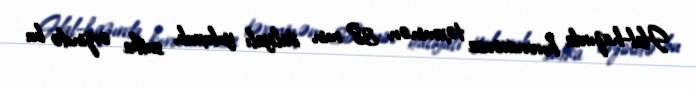
Hal-hazırda koronavirusa təxminən 38 min italiyalı yoluxub, sutka ərzində bu